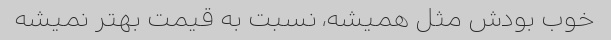
خوب بودش مثل همیشه، نسبت به قیمت بهتر نمیشه